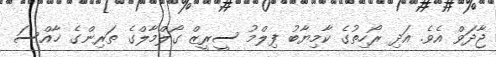
ޖާދަވް އެވެ. އަދި ރޯހިތުގެ ކާމިޔާބު ފިލްމު ސީރީޒް ގޯލްމާލްގެ ތަރިންގެ ޚާއްސަ